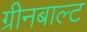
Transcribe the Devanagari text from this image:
ग्रीनबाल्ट